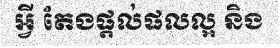
អ្វី តែងផ្តល់ផលល្អ និង